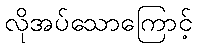
လိုအပ်သောကြောင့်